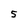
Character: 5